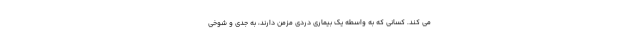
می کند. کسانی که به واسطه یک بیماری دردی مزمن دارند، به جدی و شوخی